Report on sanitation, dispensaries, and jails in Rajputana for 1910, and on vaccination for the year 1910-1911 - 1910-1911
Year: 1910
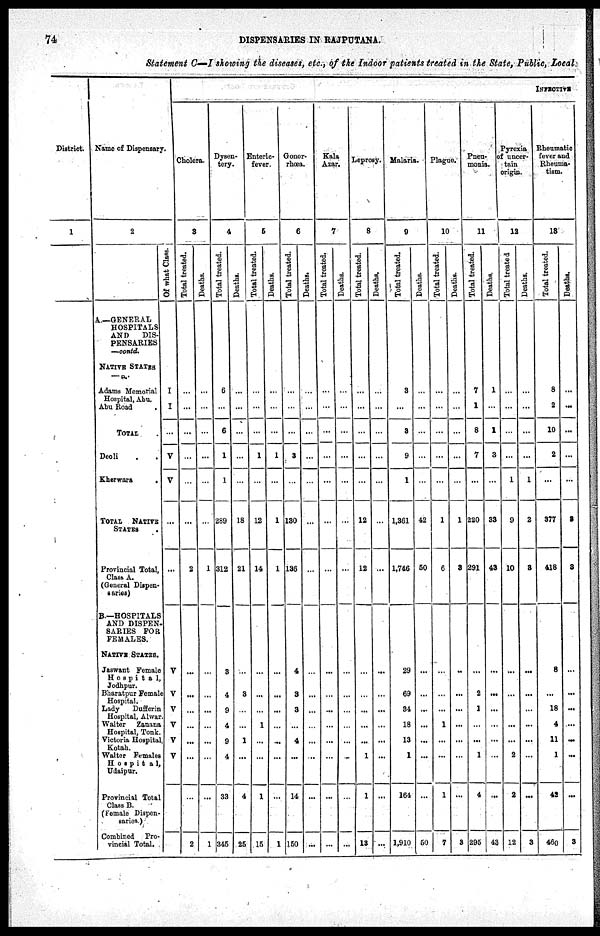
74
DISPENSARIES IN RAJPUTANA.
Statement C—I showing the diseases, etc., of the Indoor patients treated in the State, Public, Local
District.
1
Name of Dispensary.
2
A.—GENERAL
HOSPITALS
AND
DIS-
PENSARIES
—contd.
NATIVE STATES
— d.
Adams Memorial
Hospital, Abu.
Abu Road
.
TOTAL .
Deoli . .
Kherwara
.
TOTAL
NATIVE
STATES
.
Provincial Total,
Class A.
(General Dispen-
saries)
B.—HOSPITALS
AND DISPEN-
SARIES FOR
FEMALES.
NATIVE STATES.
Jaswant Female
Hospital,
Jodhpur.
Bharatpur Female
Hospital.
Lady
Dufferin
Hospital, Alwar.
Walter
Zanana
Hospital, Tonk.
Victoria Hospital,
Kotah.
Walter Females
Hospita1,
Udaipur.
Provincial Total
Class B.
(Female Dispen-
saries.)
Combined
Pro-
vincial Total.
Of what Class.
I
I
...
V
V
...
...
V
V
V
V
V
V
INFECTIVE
Cholera.
3
Total treated.
...
...
...
...
...
...
2
...
...
...
...
...
...
...
2
Deaths.
...
...
...
...
...
...
1
...
...
...
...
...
...
...
1
Dysen-
tery.
4
Total treated.
6
...
6
1
1
289
312
3
4
9
4
9
4
33
345
Deaths.
...
...
...
...
...
18
21
...
3
...
...
1
...
4
25
Enteric¬
fever.
5
Total treated.
...
...
...
1
...
12
14
...
...
...
1
...
...
1
15
Deaths.
...
...
...
1
...
1
1
...
...
...
...
...
...
...
1
Gonor-
rhœa.
6
Total treated.
...
...
...
3
...
130
136
4
3
3
...
4
...
14
150
Deaths.
...
...
...
...
...
...
...
...
...
...
...
...
...
...
...
Kala
Azar.
7
Total treated.
...
...
...
...
...
...
...
...
...
...
...
...
...
...
...
Deaths.
...
...
...
...
...
...
...
...
...
...
...
...
...
...
...
Leprosy.
8
Total treated.
...
...
...
...
...
12
12
...
...
...
...
...
1
1
13
Deaths.
...
...
...
...
...
...
...
...
...
...
...
...
...
...
...
Malaria.
9
Total treated.
3
...
3
9
1
1,361
1,746
29
69
34
18
13
1
164
1,910
Deaths.
...
...
...
...
...
42
50
...
...
...
...
...
...
...
50
Plague.
10
Total treated.
...
...
...
...
...
1
6
...
...
...
1
...
...
1
7
Deaths.
...
...
...
...
...
1
3
...
...
...
...
...
...
...
3
Pneu-
monia.
11
Total treated.
7
1
8
7
...
220
291
...
2
1
...
...
1
4
295
Deaths.
1
...
1
3
...
33
43
...
...
...
...
...
...
...
43
Pyrexia
of uncer-
tain
origin.
12
Total treated
...
...
...
...
1
9
10
...
...
...
...
...
2
2
12
Deaths.
...
...
...
...
1
2
3
...
...
...
...
...
...
...
3
Rheumatic
fever and
Rheuma-
tism.
13
Total treated.
8
2
10
2
...
377
418
8
...
18
4
11
1
42
460
Deaths.
...
...
...
...
...
8
3
...
...
...
...
...
...
...
3